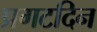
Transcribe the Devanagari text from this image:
प्रगटदिन